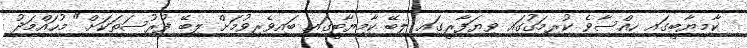
ކާމިޔާބީގައި ހިއްސާވެ ކުރިމަގުގައި ވިޔަފާރީގައި ލިބޭ ކާމިޔާބީގައި ބައިވެރިވުމަށް ލިބޭ ފުރުސަތަކަށް" މުހައްމަދު